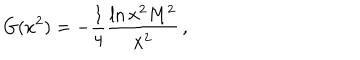
G ( x ^ { 2 } ) = - \frac { 1 } { 4 } \frac { \ln x ^ { 2 } M ^ { 2 } } { x ^ { 2 } } \, ,